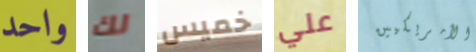
واحد لك خميس علي الأمريكيين